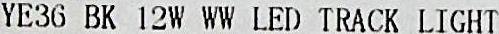
YE36 BK 12W WW LED TRACK LIGHT